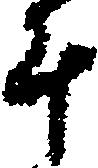
斗